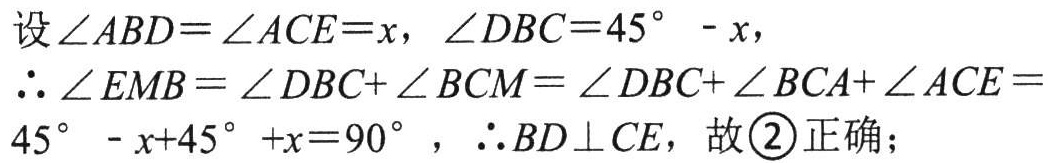
设$\angle ABD=\angle ACE = x$，$\angle DBC = 45^{\circ}-x$，
$\therefore\angle EMB=\angle DBC+\angle BCM=\angle DBC+\angle BCA+\angle ACE = 45^{\circ}-x + 45^{\circ}+x = 90^{\circ}$，$\therefore BD\perp CE$，故\textcircled{2}正确；